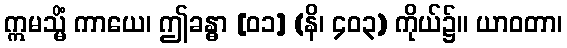
ဣမသ္မိံ ကာယေ၊ ဤခန္ဓာ [၀၁] (နိ၊ ၄၀၃) ကိုယ်၌။ ယာဝတာ၊